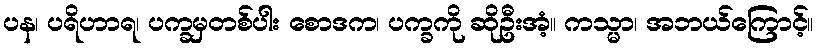
ပန၊ ပရိဟာရ၊ ပက္ခမှတစ်ပါး စောဒက၊ ပက္ခကို ဆိုဦးအံ့။ ကသ္မာ၊ အဘယ်ကြောင့်။